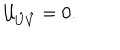
{ \cal U } _ { \hat { U } \hat { V } } = 0 .